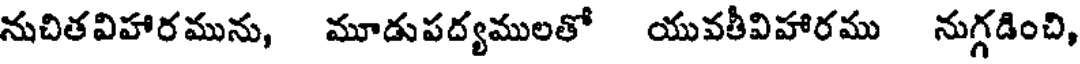
నుచితవిహారమును, మూడుపద్యములతో యువతీవిహారము నుగ్గడించి,